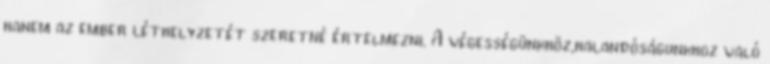
hanem az ember léthelyzetét szeretné értelmezni. A végességünkhöz,halandóságunkhoz való